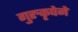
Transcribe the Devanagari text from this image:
गुरुकृपेने